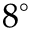
8 ^ { \circ }